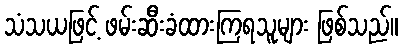
သံသယဖြင့် ဖမ်းဆီးခံထားကြရသူများ ဖြစ်သည်။